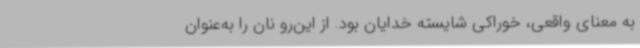
به معنای واقعی، خوراکی شایسته خدایان بود. از این‌رو نان را به‌عنوان